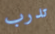
تدرب